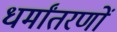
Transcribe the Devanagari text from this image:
धर्मांतरणों